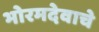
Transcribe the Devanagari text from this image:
भोरमदेवाचे